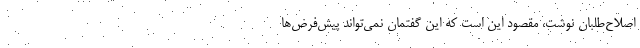
اصلاح‌طلبان نوشت، مقصود این است که این گفتمان نمی‌تواند پیش‌فرض‌ها